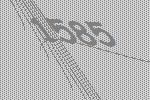
1585